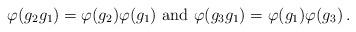
LaTeX: \begin{align*} \varphi (g_2 g_1) = \varphi (g_2) \varphi (g_1) \mbox{ and } \varphi (g_3 g_1) = \varphi (g_1) \varphi (g_3) \,.\end{align*}